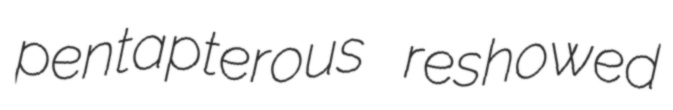
pentapterous reshowed